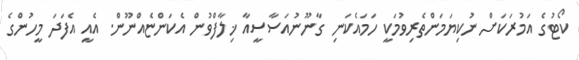
ކޯޓުގެ އަމުރަކަށް ނުކިޔަމަންތެރިވުމަކީ ހަމައެކަނި ގާނޫނުއަސާސީއާ ޚިލާފްވުން އެކަންޏެއްނޫން. އެއީ އެފަދަ މީހުންގެ